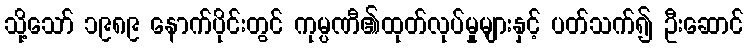
သို့သော် ၁၉၈၉ နောက်ပိုင်းတွင် ကုမ္ပဏီ၏ထုတ်လုပ်မှုများနှင့် ပတ်သက်၍ ဦးဆောင်